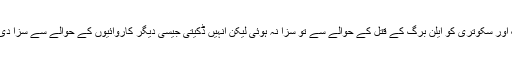
کریگ اور سکوتری کو ایلن برگ کے قتل کے حوالے سے تو سزا نہ ہوئی لیکن انہیں ڈکیتی جیسی دیگر کاروائیوں کے حوالے سے سزا دی گئی ۔